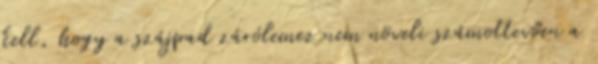
kell, hogy a szájpad zárólemez nem növeli számottevően a